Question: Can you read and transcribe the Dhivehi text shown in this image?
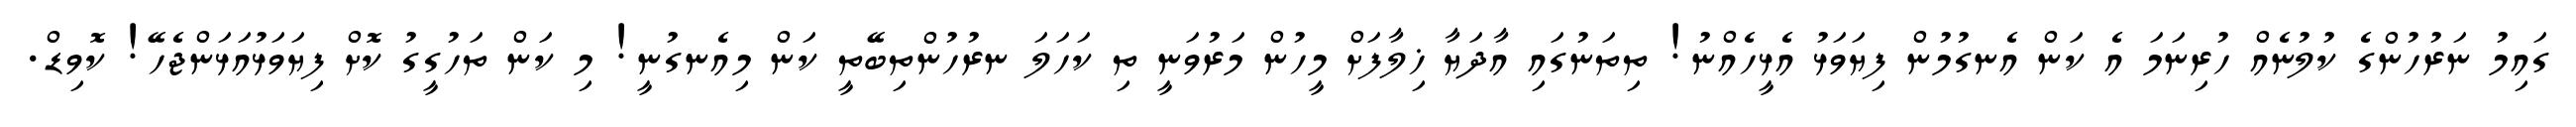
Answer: ގައިމު ނަރުހުންގެ ކުލުނެއް ހުރިނަމަ އެ ކަން އެނގުމުން ފިޔަވަޅު އެޅީހެއްނު! ތިތަނުގައި އާދަޔާ ޚިލާފަށް މީހުން މަރުވަނީ ތި ކަހަލަ ނރުހުންތިބޭތީ ކަން މިއެނގުނީ! މި ކަން ތަހުގީގު ކޮށް ފިޔަވަޅުއަޅަންޖެހޭ! ކޮވިޑް.